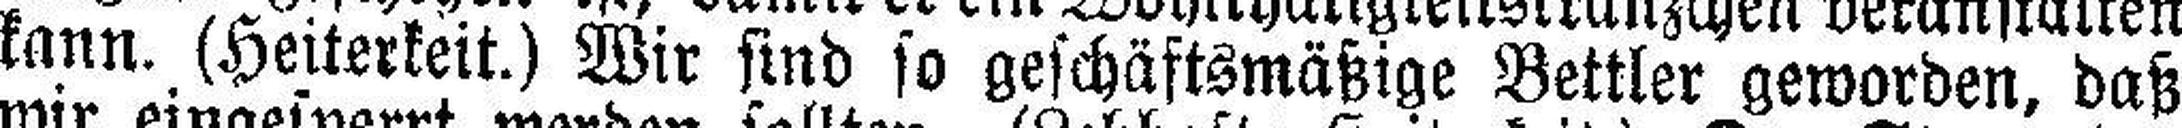
kann. (Heiterkeit.) Wir sind so geschäftsmäßige Bettler geworden, daß